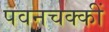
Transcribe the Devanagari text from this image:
पवनचक्कीं